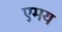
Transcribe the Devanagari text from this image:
एमय